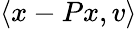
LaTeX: \langle x-Px,v\rangle